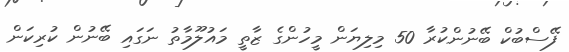
ފޭސްބުކް ބޭނުންކުރާ 50 މިލިޔަން މީހުންގެ ޒާތީ މައުލޫމާތު ނަގައި ބޭނުން ކުރިކަން